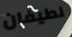
لطيفان